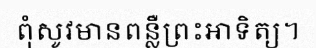
ពុំសូវមានពន្លឺព្រះអាទិត្យ។